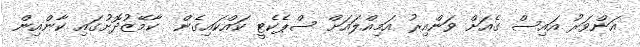
އަންވަރު އައިސް ގެއަށް ވަންއިރު އަމިއްލައަށް ސްޕެކެޓީ ކައްކައިގެން  ކާމޭޒުދޮށުގައި ކާންއިން